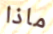
ماذا